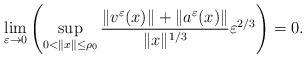
\begin{align*}\lim_{\varepsilon\to 0}\left(\sup_{0<\|x\|\le \rho_0}\frac{\|v^{\varepsilon}(x)\|+\|a^{\varepsilon}(x)\|}{\|x\|^{1/3}}\varepsilon^{2/3}\right)=0.\end{align*}